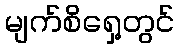
မျက်စိရှေ့တွင်